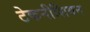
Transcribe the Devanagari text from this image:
टेकनीशियन